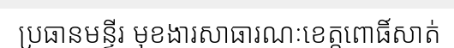
ប្រធានមន្ទីរ មុខងារសាធារណៈខេត្តពោធិ៍សាត់